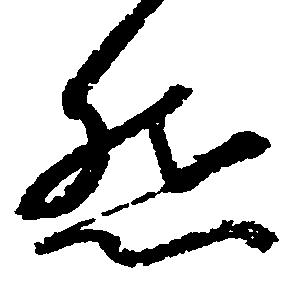
然